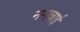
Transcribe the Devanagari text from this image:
नगवाई